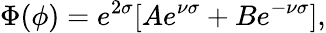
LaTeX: \Phi(\phi)=e^{2\sigma}[Ae^{\nu\sigma}+Be^{-\nu\sigma}],